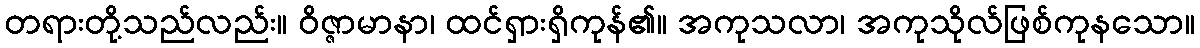
တရားတို့သည်လည်း။ ဝိဇ္ဇာမာနာ၊ ထင်ရှားရှိကုန်၏။ အကုသလာ၊ အကုသိုလ်ဖြစ်ကုနသော။